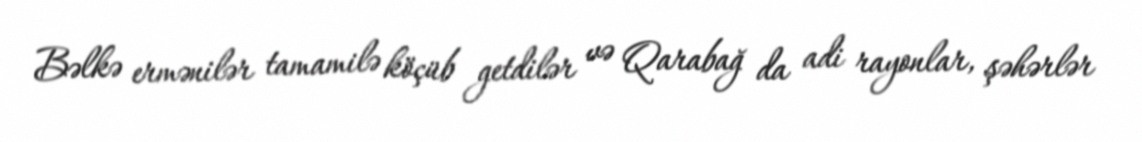
Bəlkə ermənilər tamamilə köçüb getdilər və Qarabağ da adi rayonlar, şəhərlər